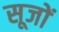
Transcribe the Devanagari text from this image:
सूजों